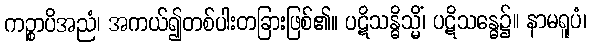
ကဉ္စာပိအညံ၊ အကယ်၍တစ်ပါးတခြားဖြစ်၏။ ပဋိသန္ဓိသ္မိံ၊ ပဋိသန္ဓေ၌။ နာမရူပံ၊